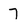
Character: 7